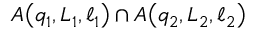
A \! \left( q _ { 1 } , L _ { 1 } , \ell _ { 1 } \right) \cap A \! \left( q _ { 2 } , L _ { 2 } , \ell _ { 2 } \right)